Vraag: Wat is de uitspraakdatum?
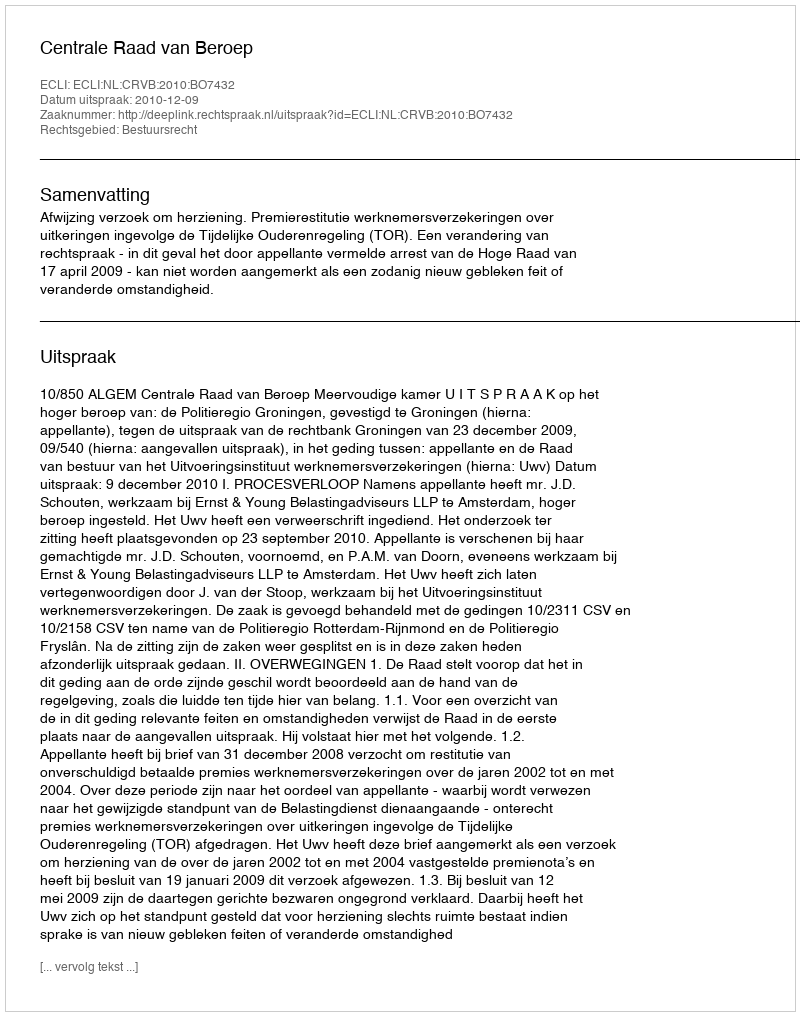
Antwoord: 2010-12-09